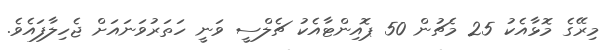
މިރޭގެ މޮޅާއެކު 25 މެޗުން 50 ޕޮއިންޓާއެކު ޗެލްސީ ވަނީ ހަތަރުވަނައަށް ޖެހިލާފައެވެ.